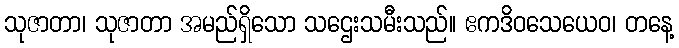
သုဇာတာ၊ သုဇာတာ အမည်ရှိသော သဌေးသမီးသည်။ ဧကဒိဝသေယေဝ၊ တနေ့